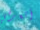
أتعرفي